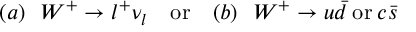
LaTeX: ( a ) \ \ W ^ { + } \rightarrow l ^ { + } \nu _ { l } \ \ \ \mathrm { o r } \ \ \ ( b ) \ \ W ^ { + } \rightarrow u \bar { d } \: \mathrm { o r } \: c \bar { s }